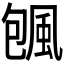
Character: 𱂿